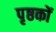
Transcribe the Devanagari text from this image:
पृष्ठकों